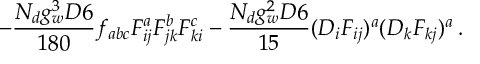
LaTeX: - \frac { N _ { d } g _ { w } ^ { 3 } D 6 } { 1 8 0 } f _ { a b c } F _ { i j } ^ { a } F _ { j k } ^ { b } F _ { k i } ^ { c } - \frac { N _ { d } g _ { w } ^ { 2 } D 6 } { 1 5 } ( D _ { i } F _ { i j } ) ^ { a } ( D _ { k } F _ { k j } ) ^ { a } \, .